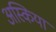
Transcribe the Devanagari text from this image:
अस्किया